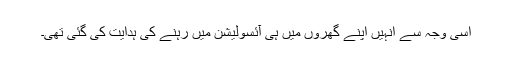
اسی وجہ سے انہیں اپنے گھروں میں ہی آئسولیشن میں رہنے کی ہدایت کی گئی تھی۔